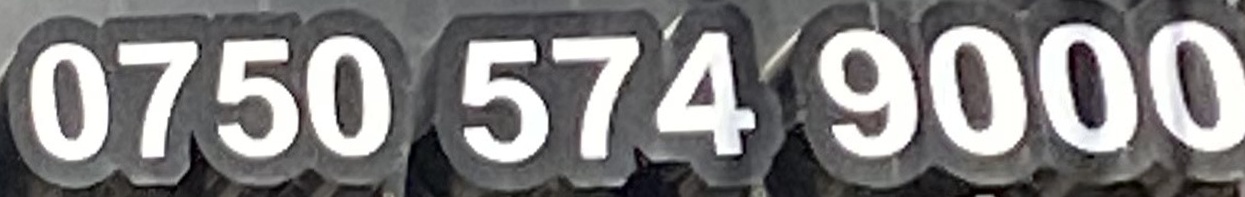
0750 574 9000